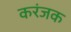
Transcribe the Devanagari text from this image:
करंजक